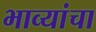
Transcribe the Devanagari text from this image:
भाव्यांचा